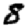
Digit: 8